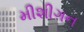
મીશીગન